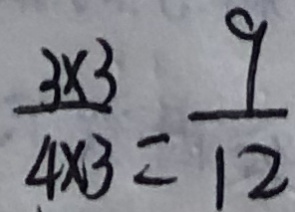
\frac { 3 \times 3 } { 4 \times 3 } = \frac { 9 } { 1 2 }